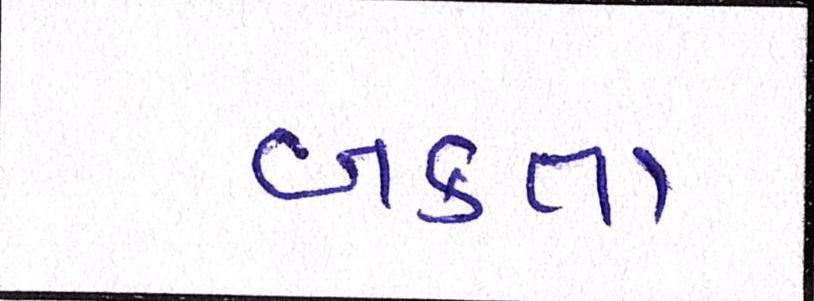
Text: બક્તા